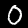
Label: 0